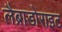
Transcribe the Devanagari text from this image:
लैब्राडोराइट